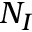
N _ { I }